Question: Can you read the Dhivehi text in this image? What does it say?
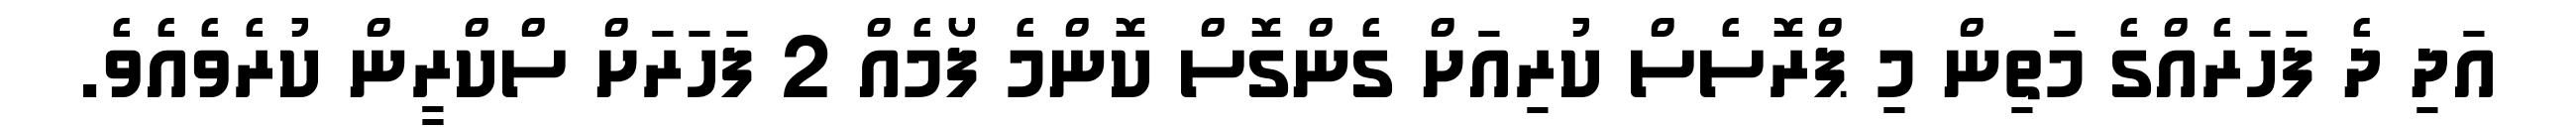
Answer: އަދި ދެ ފަހަރެއްގެ މަތިން މި ޕްރޮސެސް ކުރިއަށް ގެންގޮސް ކޮންމެ ފޯމެއް 2 ފަހަރަށް ސްކްރީން ކުރެވެއެވެ.